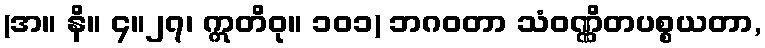
(အ။ နိ။ ၄။၂၇၊ ဣတိဝု။ ၁၀၁) ဘဂဝတာ သံဝဏ္ဏိတပစ္စယတာ,